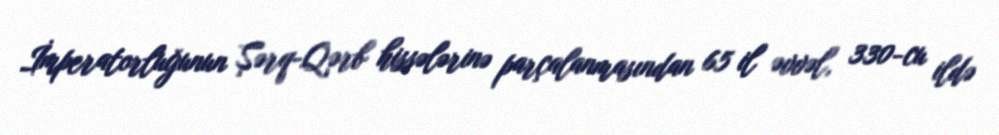
İmperatorluğunun Şərq-Qərb hissələrinə parçalanmasından 65 il əvvəl, 330-cu ildə